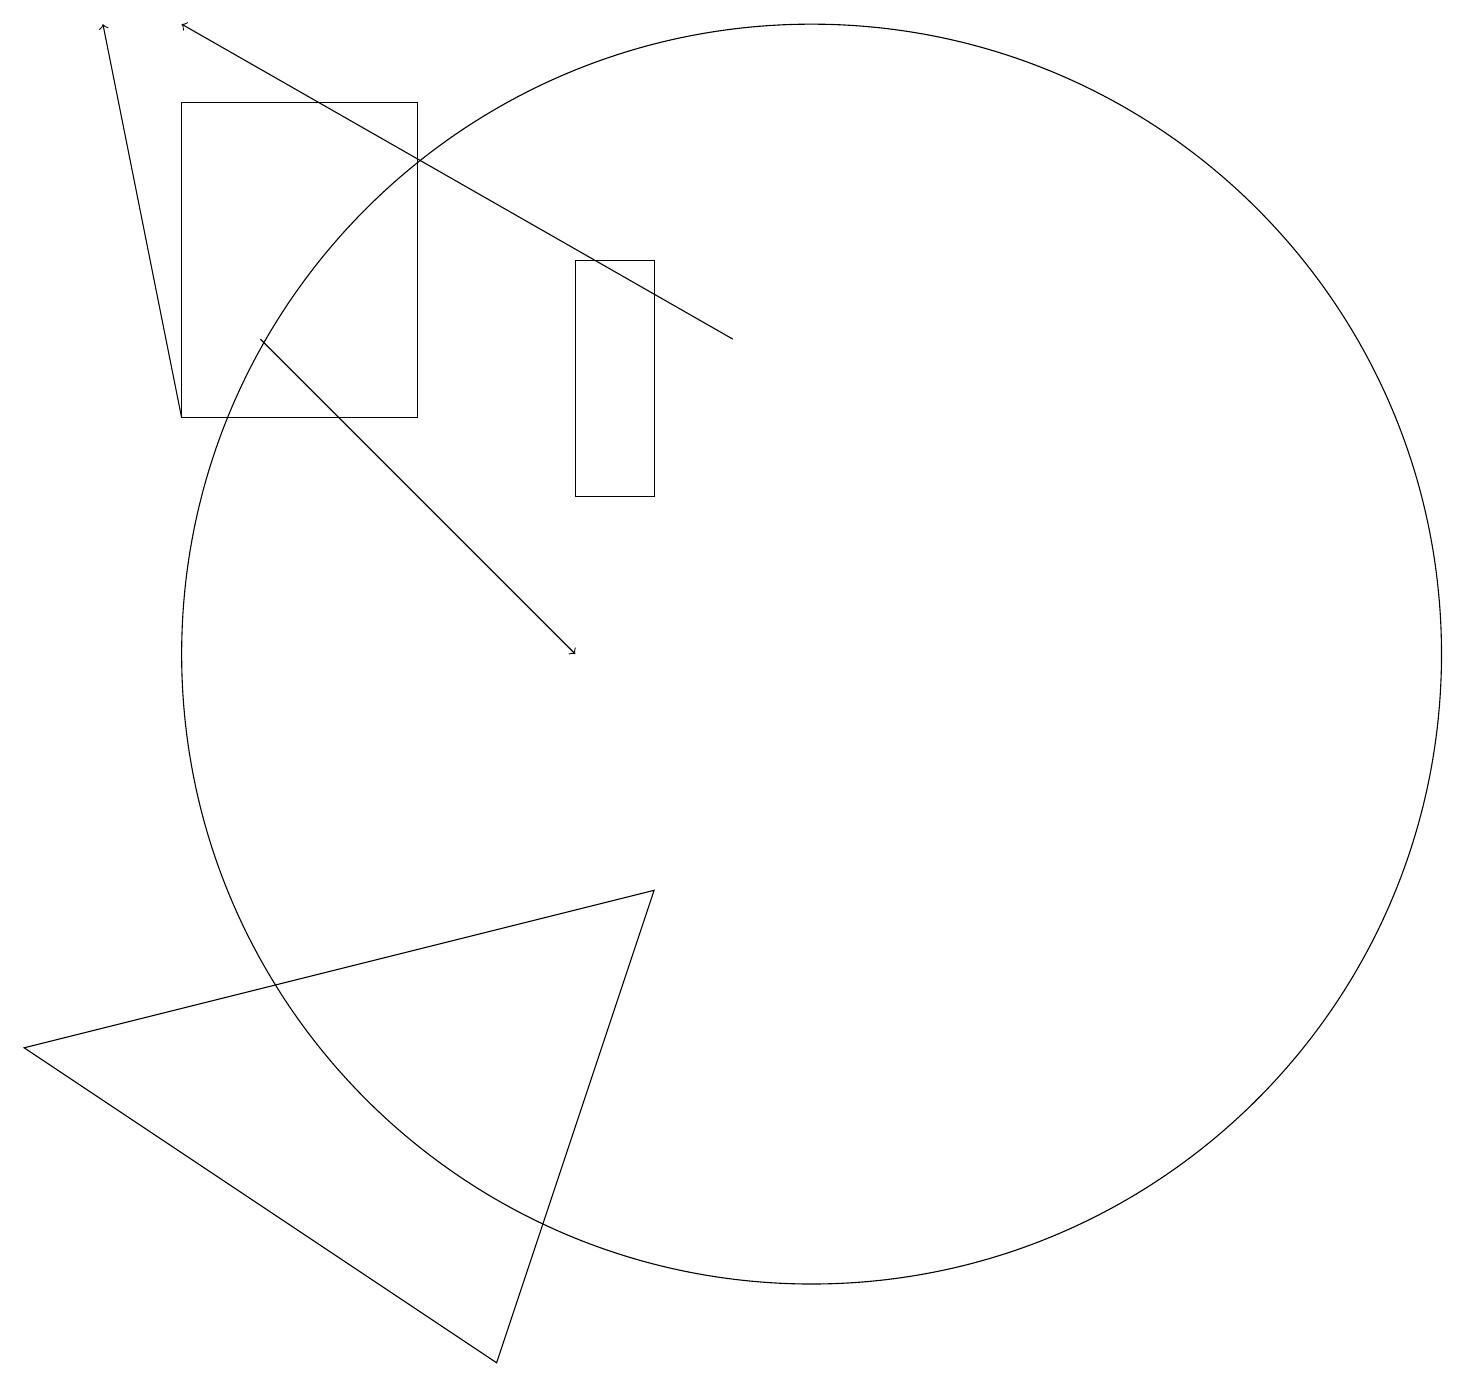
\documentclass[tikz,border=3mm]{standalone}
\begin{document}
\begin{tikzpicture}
\draw[->] (2,14) -- (1,19);
\draw[->] (3,15) -- (7,11);
\draw (10,11) circle (8);
\draw (5,18) rectangle (2,14);
\draw[->] (9,15) -- (2,19);
\draw (8,16) rectangle (7,13);
\draw (0,6) -- (8,8) -- (6,2) -- cycle;
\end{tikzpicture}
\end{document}